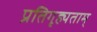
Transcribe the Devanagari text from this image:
प्रतिगृह्यताम्